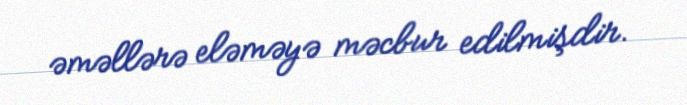
əməllərə eləməyə məcbur edilmişdir.